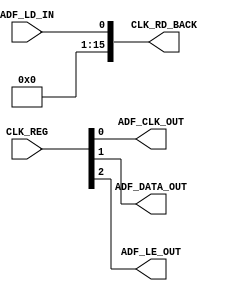
`timescale 1ns / 1ps
//////////////////////////////////////////////////////////////////////////////////
// CLK_REG_MODULE
// 
//////////////////////////////////////////////////////////////////////////////////
module CLK_REG_MODULE(
	input [15:0]CLK_REG,
	input ADF_LD_IN,
	
	output [15:0]CLK_RD_BACK,
	output ADF_CLK_OUT,
	output ADF_DATA_OUT,
	output ADF_LE_OUT
    );
//
assign ADF_CLK_OUT = CLK_REG[0:0];
assign ADF_DATA_OUT = CLK_REG[1:1];
assign ADF_LE_OUT = CLK_REG[2:2];
//
assign CLK_RD_BACK[0:0] = ADF_LD_IN;
assign CLK_RD_BACK[15:1] = 0;
endmodule